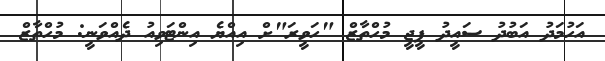
އަހުމަދު އަބުދު ސައީދު ޕީޖީ މުހްތާޒް "ހަވީރަ"ށް އިއްޔެ އިންޓަވިއު ދެއްވަނީ: މުހްތާޒް